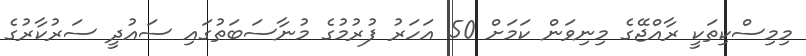
މިމިސްކިތަކީ ރާއްޖޭގެ މިނިވަން ކަމަށް 50 އަހަރު ފުރުމުގެ މުނާސަބަތުގައި ސައުދީ ސަރުކާރުގެ